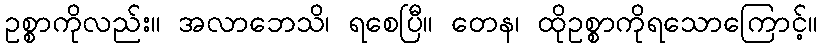
ဥစ္စာကိုလည်း။ အလာဘေသိ၊ ရစေပြီ။ တေန၊ ထိုဥစ္စာကိုရသောကြောင့်။